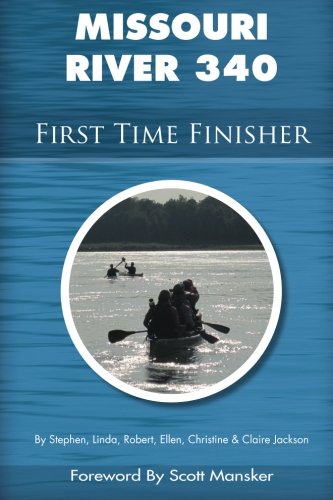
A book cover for Missouri River 340 First Time Finisher; Stephen Jackson; Sports & Outdoors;